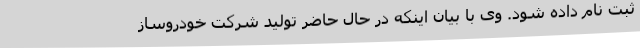
ثبت نام داده شود. وی با بیان اینکه در حال حاضر تولید شرکت خودروساز